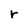
Character: r